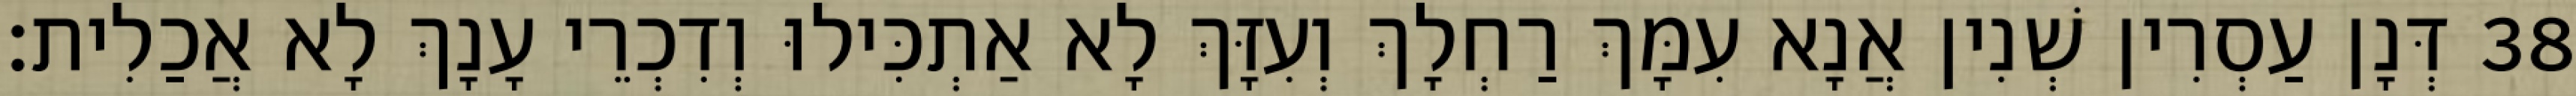
38 דְּנָן עַסְרִין שְׁנִין אֲנָא עִמָּךְ רַחְלָךְ וְעִזָּךְ לָא אַתְכִּילוּ וְדִכְרֵי עָנָךְ לָא אֲכַלִית׃